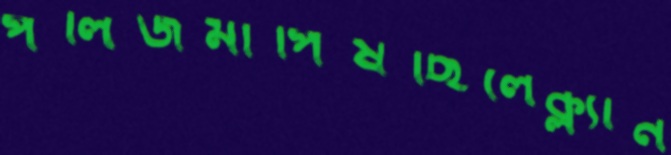
পলিজমাপিষছিলেক্ল্যান